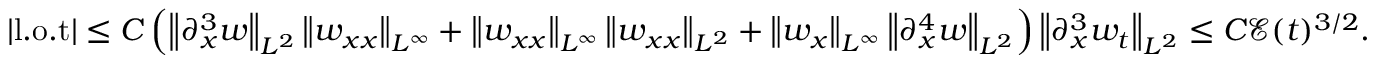
\begin{array} { r } { | \mathrm { l . o . t } | \leq C \left( \left\| \partial _ { x } ^ { 3 } w \right\| _ { L ^ { 2 } } \left\| w _ { x x } \right\| _ { L ^ { \infty } } + \left\| w _ { x x } \right\| _ { L ^ { \infty } } \left\| w _ { x x } \right\| _ { L ^ { 2 } } + \left\| w _ { x } \right\| _ { L ^ { \infty } } \left\| \partial _ { x } ^ { 4 } w \right\| _ { L ^ { 2 } } \right) \left\| \partial _ { x } ^ { 3 } w _ { t } \right\| _ { L ^ { 2 } } \leq C \mathcal { E } ( t ) ^ { 3 / 2 } . } \end{array}